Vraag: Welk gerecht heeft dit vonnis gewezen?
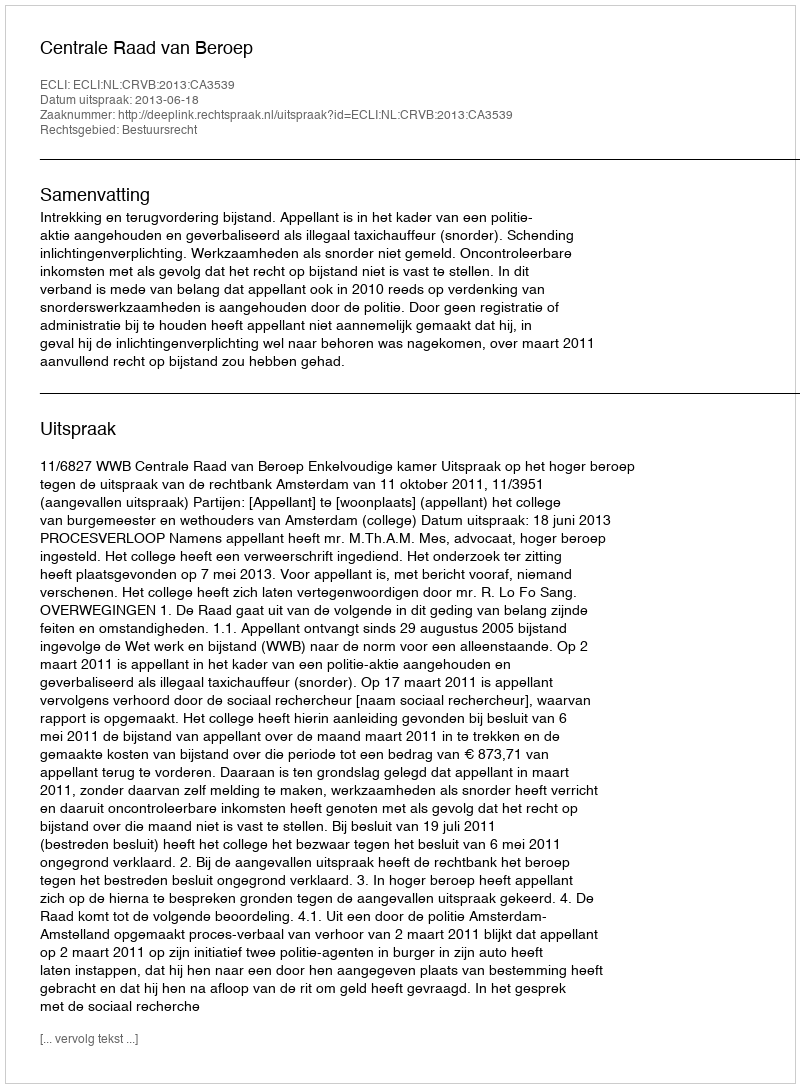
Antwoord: Centrale Raad van Beroep